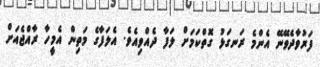
ފަރުވާދެވޭނޭ އެންމެ ރަނގަޅު ގޮތްކަމަށް ލަފާ ދެއްވިއެވެ. އެލަފާގެ މަތިން އެމީހާ ރާއްޖެއަށް